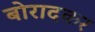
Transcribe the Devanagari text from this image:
बोरादकर